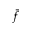
\bar { f }